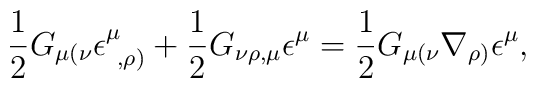
\frac{1}{2}G_{\mu(\nu}\epsilon^{\mu}_{~,\rho)}+\frac{1}{2}G_{\nu\rho ,\mu}\epsilon^{\mu}=\frac{1}{2}G_{\mu(\nu}\nabla_{\rho)}\epsilon^{\mu},